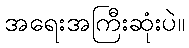
အရေးအကြီးဆုံးပဲ။